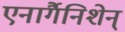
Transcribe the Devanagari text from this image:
एनार्गैनिशेन्